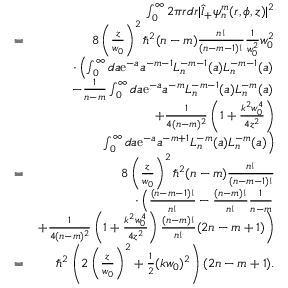
\begin{array} { r l r } & { } & { \int _ { 0 } ^ { \infty } 2 \pi r d r | \hat { l } _ { + } \psi _ { n } ^ { m } ( r , \phi , z ) | ^ { 2 } } \\ & { = } & { 8 \left( \frac { z } { w _ { 0 } } \right) ^ { 2 } \hbar ^ { 2 } ( n - m ) \frac { n ! } { ( n - m - 1 ) ! } \frac { 1 } { w _ { 0 } ^ { 2 } } w _ { 0 } ^ { 2 } } \\ & { } & { \cdot \left( \int _ { 0 } ^ { \infty } d a \mathrm { e } ^ { - a } a ^ { - m - 1 } L _ { n } ^ { - m - 1 } ( a ) L _ { n } ^ { - m - 1 } ( a ) \right. } \\ & { } & { \left. - \frac { 1 } { n - m } \int _ { 0 } ^ { \infty } d a \mathrm { e } ^ { - a } a ^ { - m } L _ { n } ^ { - m - 1 } ( a ) L _ { n } ^ { - m } ( a ) \right. } \\ & { } & { + \frac { 1 } { 4 ( n - m ) ^ { 2 } } \left( 1 + \frac { k ^ { 2 } w _ { 0 } ^ { 4 } } { 4 z ^ { 2 } } \right) } \\ & { } & { \left. \int _ { 0 } ^ { \infty } d a \mathrm { e } ^ { - a } a ^ { - m + 1 } L _ { n } ^ { - m } ( a ) L _ { n } ^ { - m } ( a ) \right) } \\ & { = } & { 8 \left( \frac { z } { w _ { 0 } } \right) ^ { 2 } \hbar ^ { 2 } ( n - m ) \frac { n ! } { ( n - m - 1 ) ! } } \\ & { } & { \cdot \left( \frac { ( n - m - 1 ) ! } { n ! } - \frac { ( n - m ) ! } { n ! } \frac { 1 } { n - m } \right. } \\ & { } & { \left. + \frac { 1 } { 4 ( n - m ) ^ { 2 } } \left( 1 + \frac { k ^ { 2 } w _ { 0 } ^ { 4 } } { 4 z ^ { 2 } } \right) \frac { ( n - m ) ! } { n ! } ( 2 n - m + 1 ) \right) } \\ & { = } & { \hbar ^ { 2 } \left( 2 \left( \frac { z } { w _ { 0 } } \right) ^ { 2 } + \frac { 1 } { 2 } ( k w _ { 0 } ) ^ { 2 } \right) ( 2 n - m + 1 ) . } \end{array}